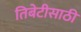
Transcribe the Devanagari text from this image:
तिबेटीसाठी